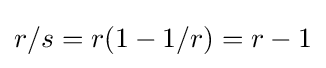
r/s=r(1-1/r)=r-1